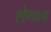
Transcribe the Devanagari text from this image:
शेणाला